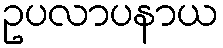
ဥပလာပနာယ